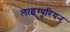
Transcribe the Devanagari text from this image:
लाइग्यूरियन